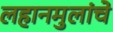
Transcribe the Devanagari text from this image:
लहानमुलांचे